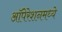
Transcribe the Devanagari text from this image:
ऑपेरेशनमध्ये